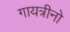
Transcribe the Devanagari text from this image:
गायत्रीनो